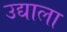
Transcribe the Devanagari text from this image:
उद्याला